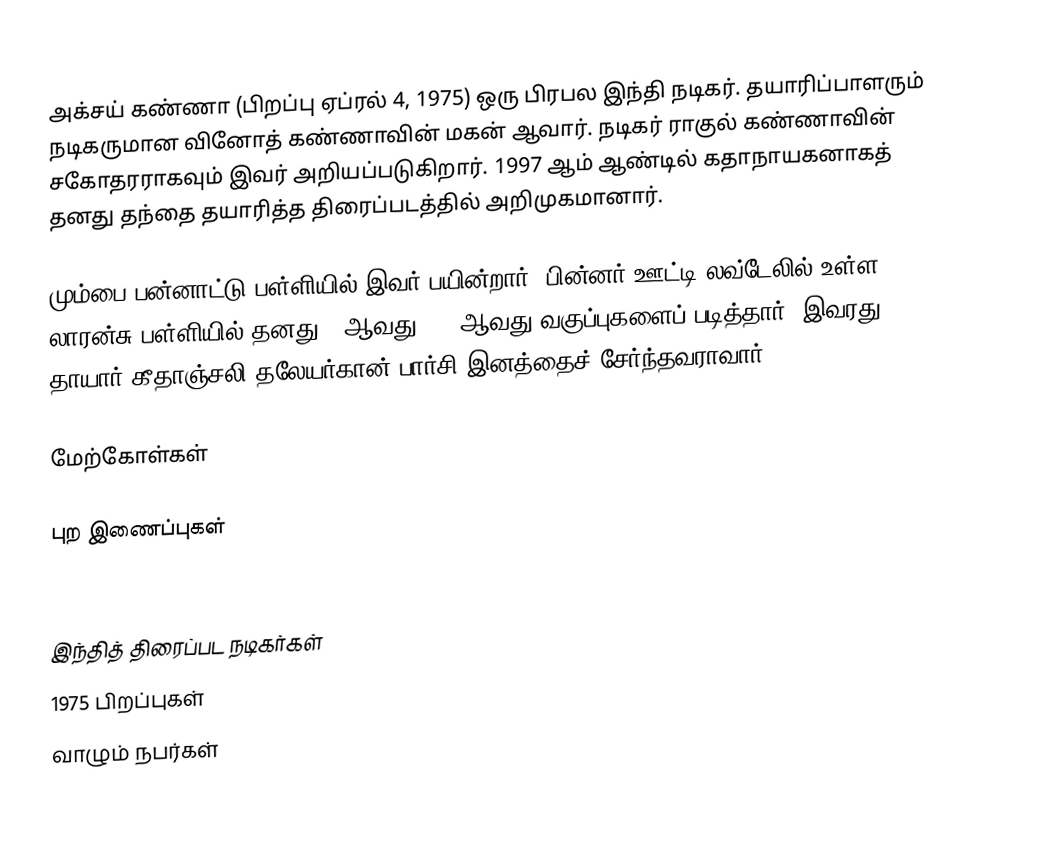
அக்சய் கண்ணா (பிறப்பு ஏப்ரல் 4, 1975) ஒரு பிரபல இந்தி நடிகர். தயாரிப்பாளரும் நடிகருமான வினோத் கண்ணாவின் மகன் ஆவார். நடிகர் ராகுல் கண்ணாவின் சகோதரராகவும் இவர் அறியப்படுகிறார்.  1997 ஆம் ஆண்டில்  கதாநாயகனாகத் தனது தந்தை தயாரித்த திரைப்படத்தில் அறிமுகமானார்.

மும்பை பன்னாட்டு பள்ளியில் இவர் பயின்றார். பின்னர் ஊட்டி லவ்டேலில் உள்ள லாரன்சு பள்ளியில் தனது 11ஆவது & 12ஆவது வகுப்புகளைப் படித்தார். இவரது தாயார் கீதாஞ்சலி தலேயர்கான்  பார்சி இனத்தைச் சேர்ந்தவராவார்.

மேற்கோள்கள்

புற இணைப்புகள்

இந்தித் திரைப்பட நடிகர்கள்
1975 பிறப்புகள்
வாழும் நபர்கள்